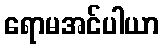
ရောမအင်ပါယာ